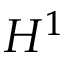
H ^ { 1 }